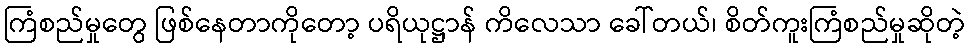
ကြံစည်မှုတွေ ဖြစ်နေတာကိုတော့ ပရိယုဋ္ဌာန် ကိလေသာ ခေါ်တယ်၊ စိတ်ကူးကြံစည်မှုဆိုတဲ့